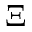
\Xi